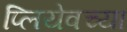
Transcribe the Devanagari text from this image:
प्लियेवच्या